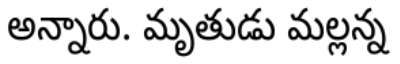
అన్నారు. మృతుడు మల్లన్న